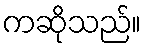
ကဆိုသည်။